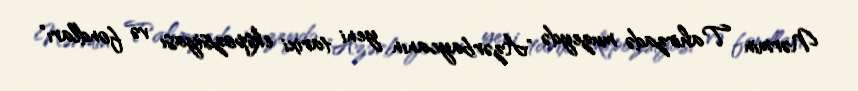
Nərmin Tahirzadə muzeydə "Azərbaycanın yeni tarixi ekspozisiyası və fondları"